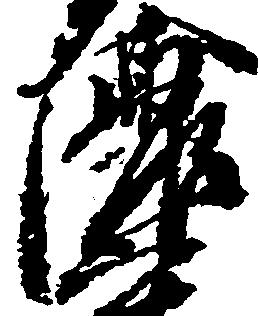
濃